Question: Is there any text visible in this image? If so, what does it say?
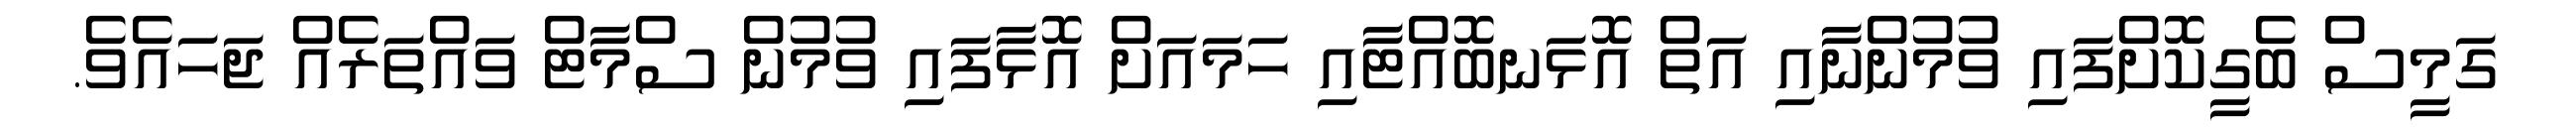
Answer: ގަމީސް ބެގީކޮށްފައި ވުމުންނާއި އަތް އޮޅަނބޮއްޓާއި ހަމައަށް އޮޅާފައި ވުމުން ސްމާޓް ވައްތަރެއް ޖަހައެވެ.